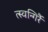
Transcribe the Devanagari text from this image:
त्स्वन्गिर्रै